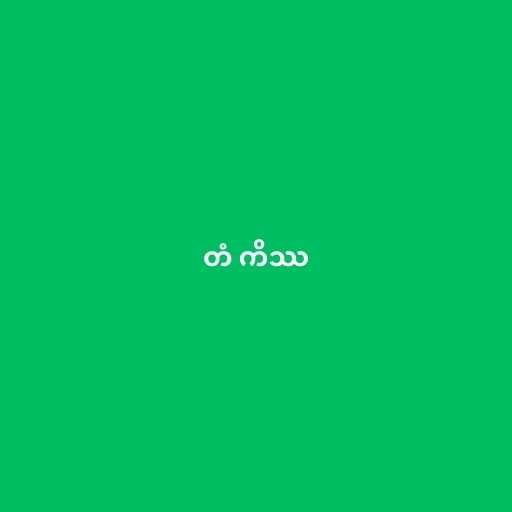
တံ ကိဿ